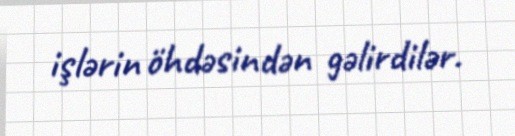
işlərin öhdəsindən gəlirdilər.